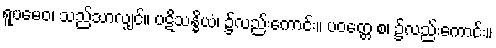
ရူပမေဝ၊ သည်သာလျှင်။ ပဋိသန္ဓိယံ၊ ၌လည်းကောင်း။ ပဝတ္တေ စ၊ ၌လည်းကောင်း။